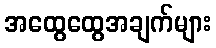
အထွေထွေအချက်များ